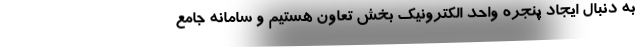
به دنبال ایجاد پنجره واحد الکترونیک بخش تعاون هستیم و سامانه جامع